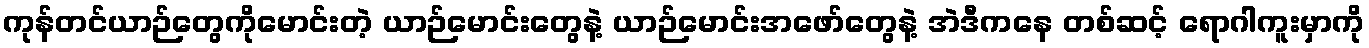
ကုန်တင်ယာဉ်တွေကိုမောင်းတဲ့ ယာဉ်မောင်းတွေနဲ့ ယာဉ်မောင်းအဖော်တွေနဲ့ အဲဒီကနေ တစ်ဆင့် ရောဂါကူးမှာကို